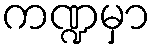
ကဏ္ဍမှာ